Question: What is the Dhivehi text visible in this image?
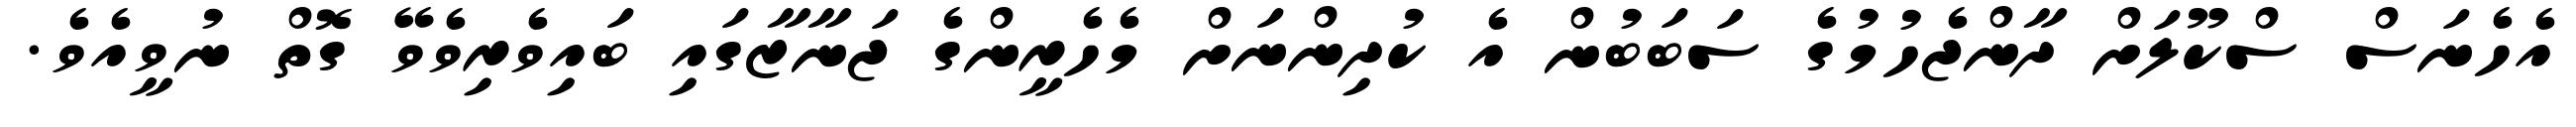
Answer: އެހެނަސް ސްކޫލަށް ދާންޖެހުމުގެ ސަބަބުން އެ ކުދިންނަށް މެހެރީންގެ ޖަނާޒާގައި ބައިވެރިވެވޭ ގޮތް ނުވީއެވެ.